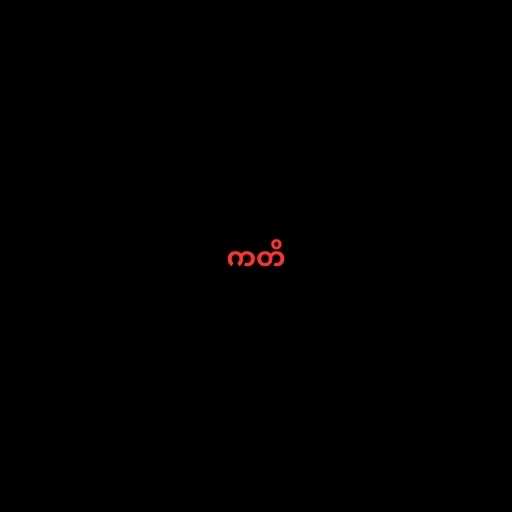
ကတိ